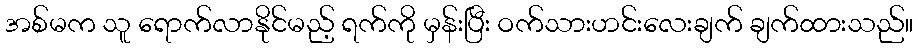
အစ်မက သူ ရောက်လာနိုင်မည့် ရက်ကို မှန်းပြီး ဝက်သားဟင်းလေးချက် ချက်ထားသည်။